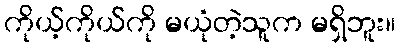
ကိုယ့်ကိုယ်ကို မယုံတဲ့သူက မရှိဘူး။